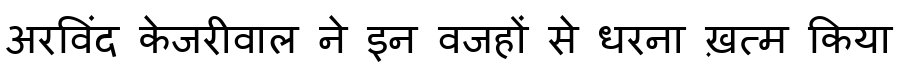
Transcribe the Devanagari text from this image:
अरविंद केजरीवाल ने इन वजहों से धरना ख़त्म किया